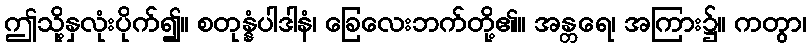
ဤသို့နှလုံးပိုက်၍။ စတုန္နံပါဒါနံ၊ ခြေလေးဘက်တို့၏။ အန္တရေ၊ အကြား၌။ ကတွာ၊